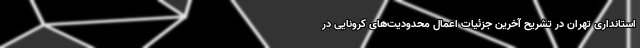
استانداری تهران در تشریح آخرین جزئیات اعمال محدودیت‌های کرونایی در